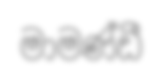
මාමණ්ඩී